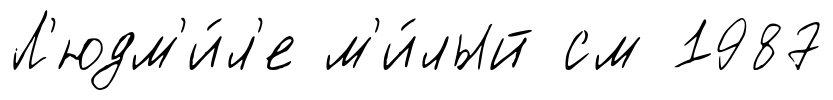
Л'юдм'и́л'е м'и́лый см 1987